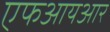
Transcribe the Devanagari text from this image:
एफआयआर